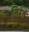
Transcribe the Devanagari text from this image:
निरंतं